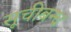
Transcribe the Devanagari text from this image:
सूचीबन्ध